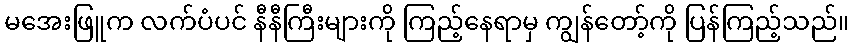
မအေးဖြူက လက်ပံပင် နီနီကြီးများကို ကြည့်နေရာမှ ကျွန်တော့်ကို ပြန်ကြည့်သည်။